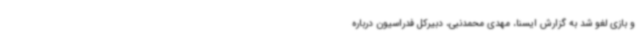
و بازی لغو شد به گزارش ایسنا، مهدی محمدنبی، دبیرکل فدراسیون درباره